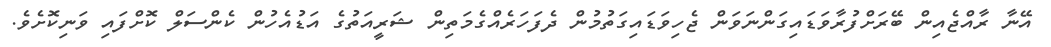
އޭނާ ރާއްޖެއިން ބޭރަށްފުރާވަޑައިގަންނަވަން ޖެހިވަޑައިގަތުމުން ދެފަހަރެއްގެމަތިން ޝަރީއަތުގެ އަޑުއެހުން ކެންސަލް ކޮށްފައި ވަނިކޮށެވެ.